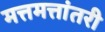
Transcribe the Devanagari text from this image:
मत्तमत्तांतरी